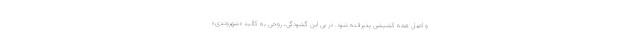
و اصل همه کشیشی پذیرفته شود. در پی این گشودگی، روحی به کالبد «شهروندی»